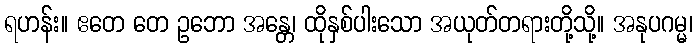
ရဟန်း။ ဧတေ တေ ဥဘော အန္တေ၊ ထိုနှစ်ပါးသော အယုတ်တရားတို့သို့။ အနုပဂမ္မ၊